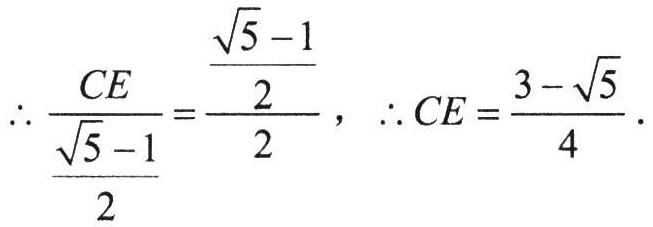
\(\therefore \frac{CE}{\frac{\sqrt{5}-1}{2}} = \frac{\frac{\sqrt{5}-1}{2}}{2},\ \therefore CE = \frac{3 - \sqrt{5}}{4}.\)